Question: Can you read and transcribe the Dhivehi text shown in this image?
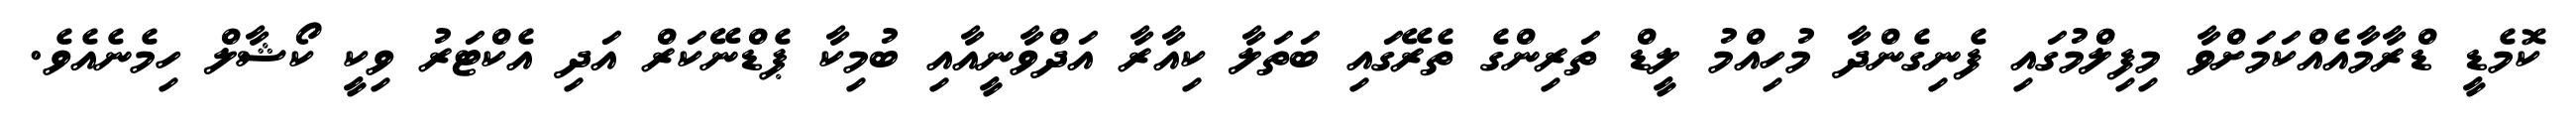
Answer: ކޮމެޑީ ޑްރާމާއެއްކަމަށްވާ މިފިލްމުގައި ފެނިގެންދާ މުހިއްމު ލީޑް ތަރިންގެ ތެރޭގައި ބަތަލާ ކިއާރާ އަދްވާނީއާއި ބުމިކާ ޕެޑްނޭކަރް އަދި އެކްޓަރު ވިކީ ކޯޝާލް ހިމެނެއެވެ.